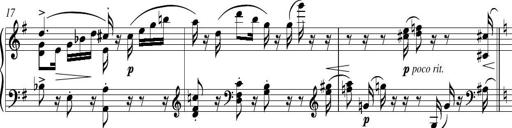
Title: Piano Sonatina in G major
Composer: Johan Peter Emilius Hartmann
Key: G major